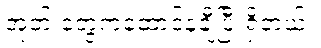
အုတ် တွေကထောင်နဲ့ချီပြီးရှိတယ်။